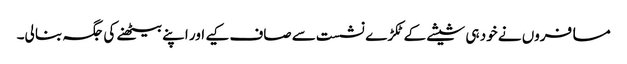
مسافروں نے خود ہی شیشے کے ٹکڑے نشست سے صاف کیے اور اپنے بیٹھنے کی جگہ بنا لی۔